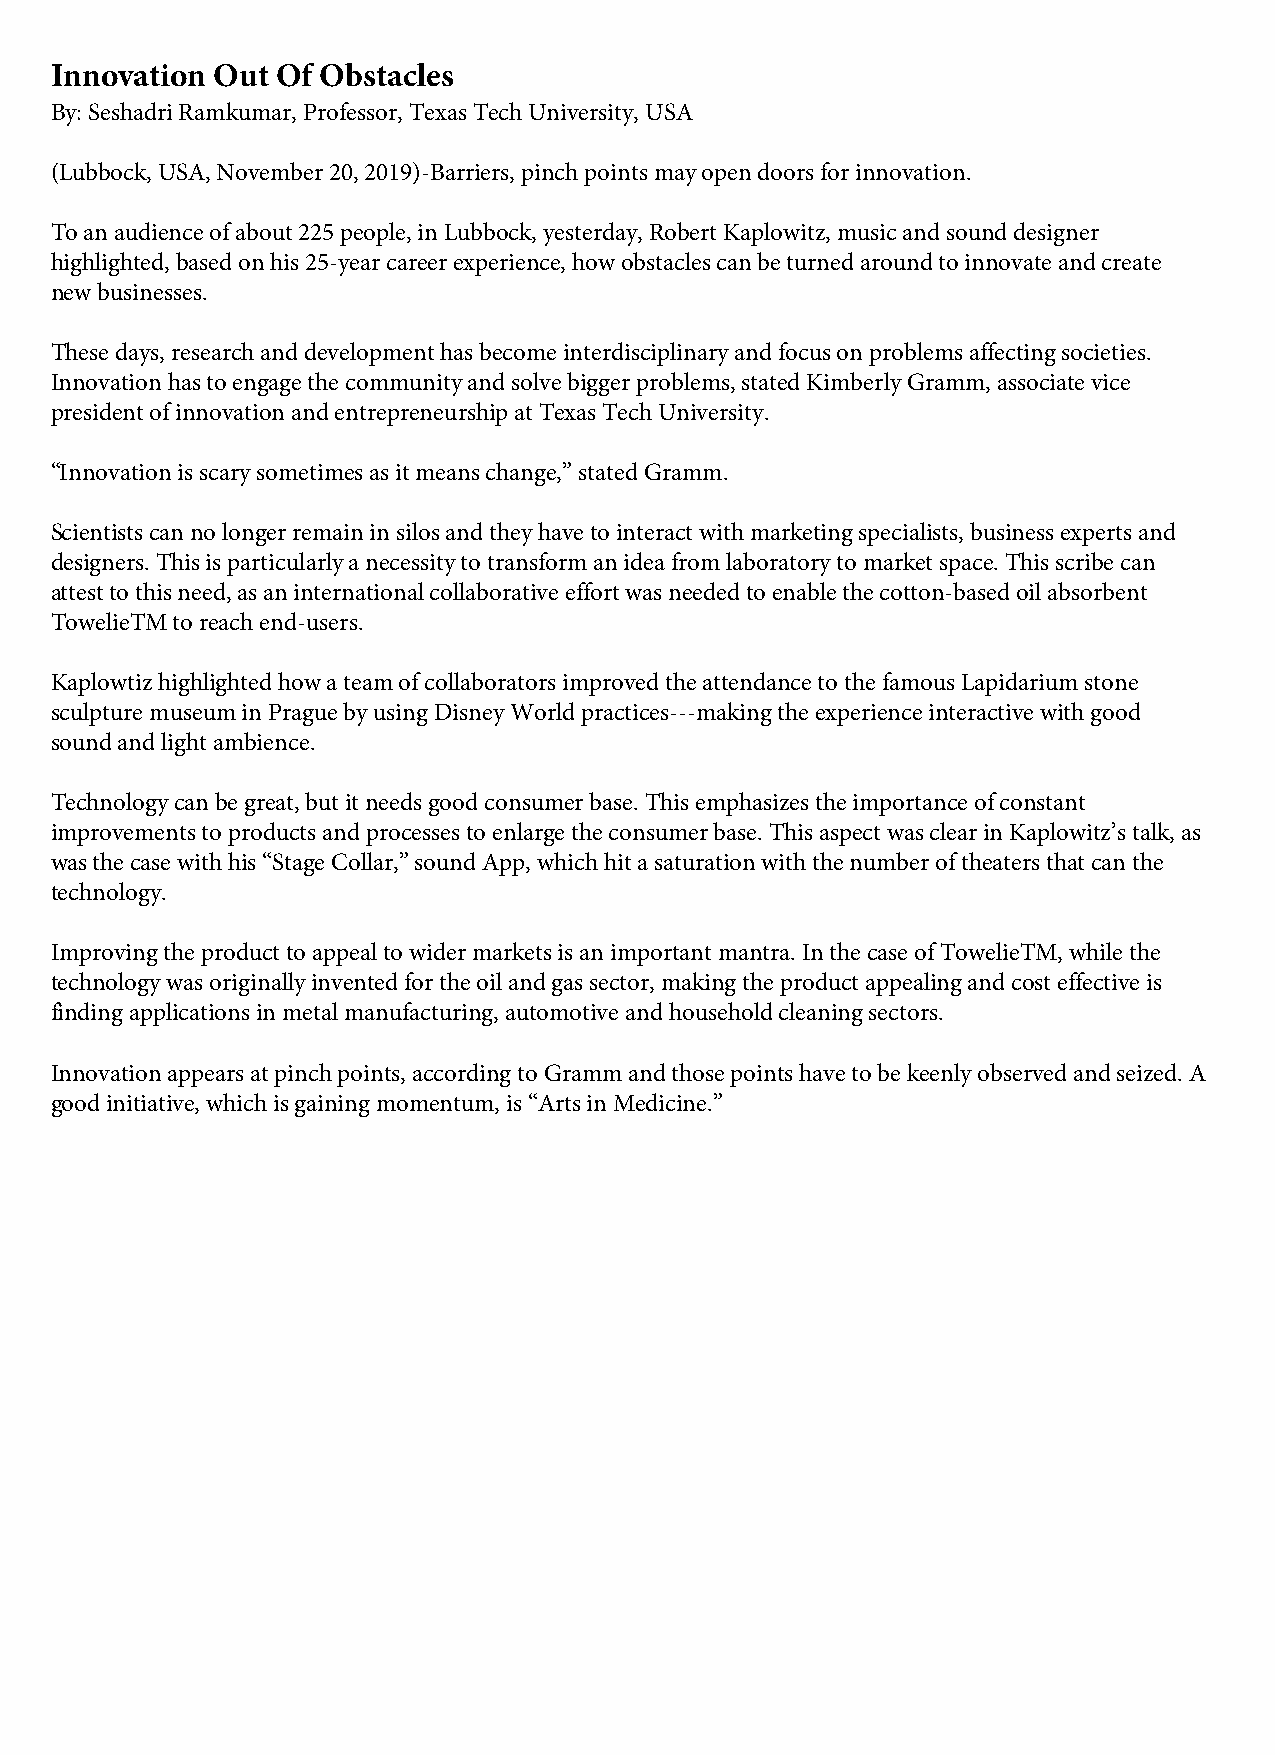
Innovation Out Of Obstacles
 By: Seshadri Ramkumar, Professor, Texas Tech University, USA
 (Lubbock, USA, November 20, 2019)-Barriers, pinch points may open doors for innovation.
 To an audience of about 225 people, in Lubbock, yesterday, Robert Kaplowitz, music and sound designer
 highlighted, based on his 25-year career experience, how obstacles can be turned around to innovate and create
 new businesses.
 These days, research and development has become interdisciplinary and focus on problems affecting societies.
 Innovation has to engage the community and solve bigger problems, stated Kimberly Gramm, associate vice
 president of innovation and entrepreneurship at Texas Tech University.
 “Innovation is scary sometimes as it means change,” stated Gramm.
 Scientists can no longer remain in silos and they have to interact with marketing specialists, business experts and
 designers. This is particularly a necessity to transform an idea from laboratory to market space. This scribe can
 attest to this need, as an international collaborative effort was needed to enable the cotton-based oil absorbent
 TowelieTM to reach end-users.
 Kaplowtiz highlighted how a team of collaborators improved the attendance to the famous Lapidarium stone
 sculpture museum in Prague by using Disney World practices---making the experience interactive with good
 sound and light ambience.
 Technology can be great, but it needs good consumer base. This emphasizes the importance of constant
 improvements to products and processes to enlarge the consumer base. This aspect was clear in Kaplowitz’s talk, as
 was the case with his “Stage Collar,” sound App, which hit a saturation with the number of theaters that can the
 technology.
 Improving the product to appeal to wider markets is an important mantra. In the case of TowelieTM, while the
 technology was originally invented for the oil and gas sector, making the product appealing and cost effective is
 finding applications in metal manufacturing, automotive and household cleaning sectors.
 Innovation appears at pinch points, according to Gramm and those points have to be keenly observed and seized. A
 good initiative, which is gaining momentum, is “Arts in Medicine.”